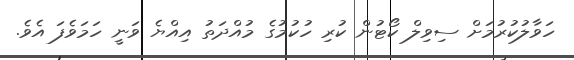
ހަވާލުކުރުމަށް ސިވިލް ކޯޓުން ކުރި ހުކުމުގެ މުއްދަތު އިއްޔެ ވަނީ ހަމަވެފަ އެވެ.